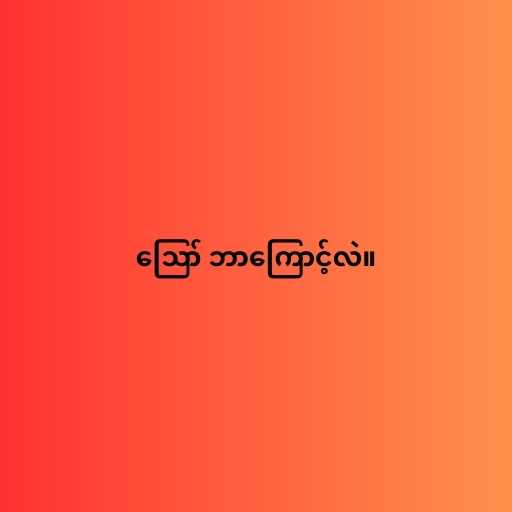
ဪ ဘာကြောင့်လဲ။